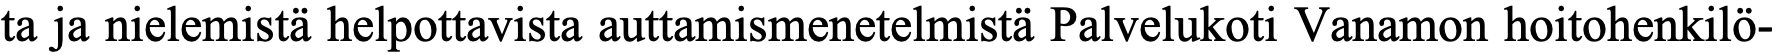
ta ja nielemistä helpottavista auttamismenetelmistä Palvelukoti Vanamon hoitohenkilö-